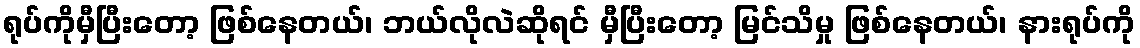
ရုပ်ကိုမှီပြီးတော့ ဖြစ်နေတယ်၊ ဘယ်လိုလဲဆိုရင် မှီပြီးတော့ မြင်သိမှု ဖြစ်နေတယ်၊ နားရုပ်ကို